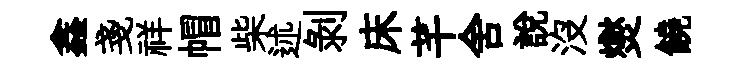
鑫戔祥帽柴述剥床芊舍説没爕饒